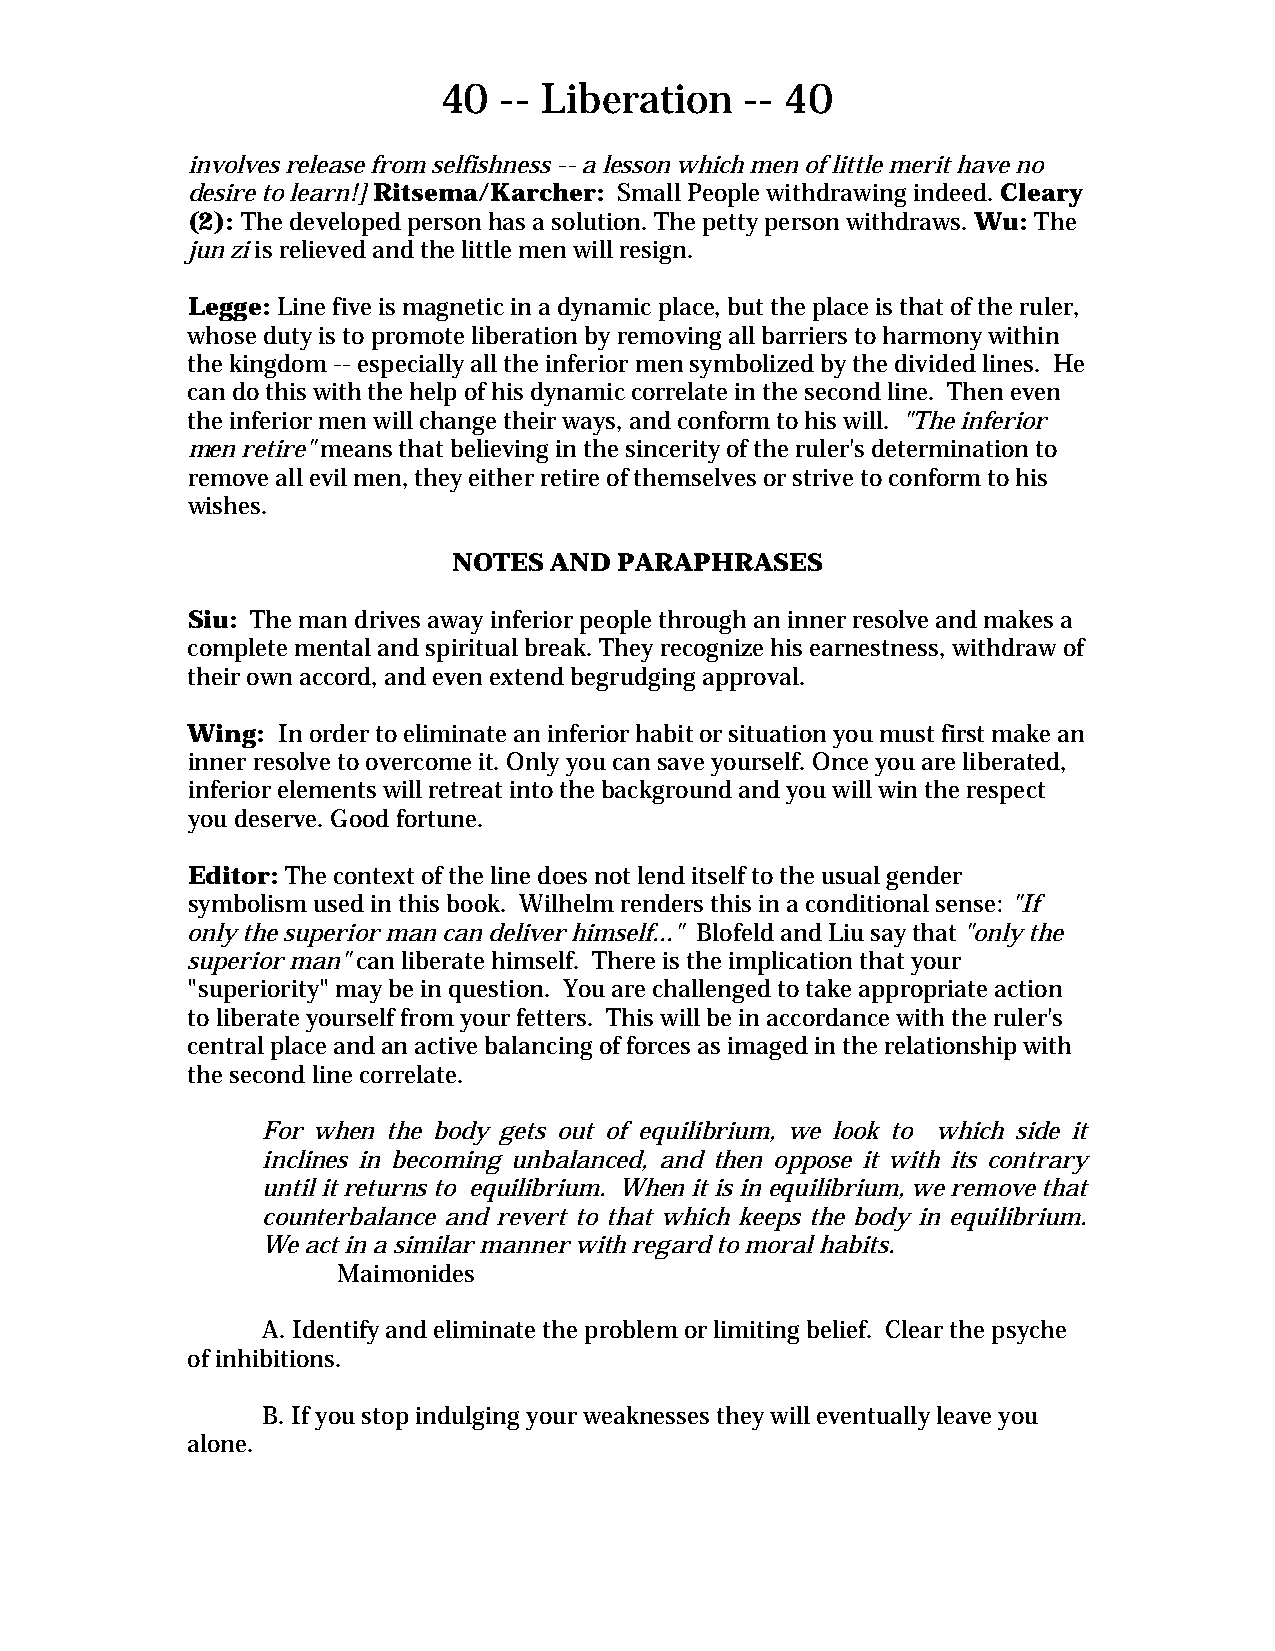
40  -- Liberation   -- 40
 involves release from selfishness -- a lesson which men of little merit have no
 desire to learn!] Ritsema/Karcher: Small People withdrawing indeed. Cleary
 (2): The developed person has a solution. The petty person withdraws. Wu: The
 jun zi is relieved and the little men will resign.
 Legge: Line five is magnetic in a dynamic place, but the place is that of the ruler,
 whose duty is to promote liberation by removing all barriers to harmony within
 the kingdom -- especially all the inferior men symbolized by the divided lines. He
 can do this with the help of his dynamic correlate in the second line. Then even
 the inferior men will change their ways, and conform to his will. "The inferior
 men retire" means that believing in the sincerity of the ruler's determination to
 remove all evil men, they either retire of themselves or strive to conform to his
 wishes.
 NOTES AND  PARAPHRASES
 Siu: The man drives away inferior people through an inner resolve and makes a
 complete mental and spiritual break. They recognize his earnestness, withdraw of
 their own accord, and even extend begrudging approval.
 Wing: In order to eliminate an inferior habit or situation you must first make an
 inner resolve to overcome it. Only you can save yourself. Once you are liberated,
 inferior elements will retreat into the background and you will win the respect
 you deserve. Good fortune.
 Editor: The context of the line does not lend itself to the usual gender
 symbolism used in this book. Wilhelm renders this in a conditional sense: "If
 only the superior man can deliver himself..." Blofeld and Liu say that "only the
 superior man" can liberate himself. There is the implication that your
 "superiority" may be in question. You are challenged to take appropriate action
 to liberate yourself from your fetters. This will be in accordance with the ruler's
 central place and an active balancing of forces as imaged in the relationship with
 the second line correlate.
 For when the body gets out of equilibrium, we look to which side it
 inclines in becoming unbalanced, and then oppose it with its contrary
 until it returns to equilibrium. When it is in equilibrium, we remove that
 counterbalance and revert to that which keeps the body in equilibrium.
 We act in a similar manner with regard to moral habits.
 Maimonides
 A. Identify and eliminate the problem or limiting belief. Clear the psyche
 of inhibitions.
 B. If you stop indulging your weaknesses they will eventually leave you
 alone.